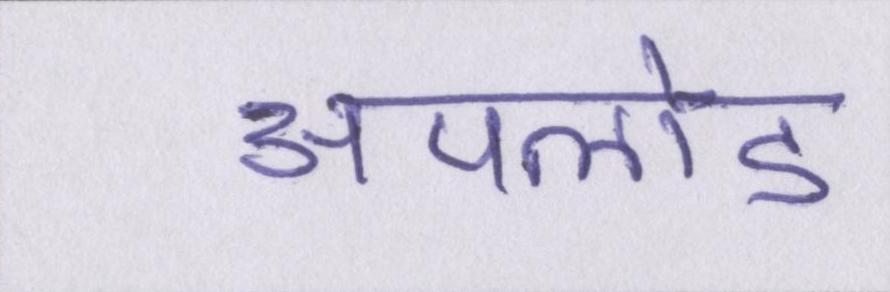
अपलोड